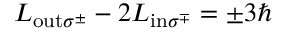
L _ { \mathrm { o u t } \sigma ^ { \pm } } - 2 L _ { \mathrm { i n } \sigma ^ { \mp } } = \pm 3 \hbar